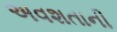
અવશતાની